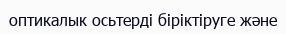
оптикалык осьтерді біріктіруге және